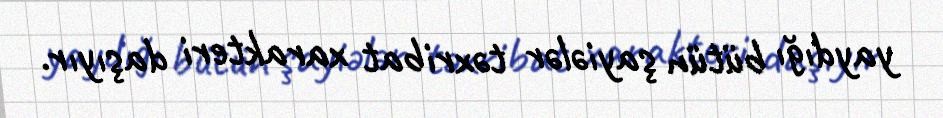
yaydığı bütün şayiələr təxribat xarakteri daşıyır.